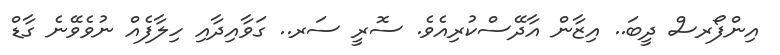
އިންފޯރސް ދީބަ.. އިޒާން އާދޭސްކުރިއެވެ. ސޮރީ ސަރ.. ގަވާއިދާއި ހިލާފެއް ނުވެވޭނެ ގާޑް